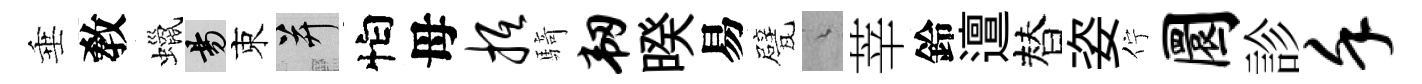
垂敎蠟昜束并怕母抵騎韧暌易甓綿莘鈴邅替姿佇圜診堇